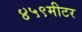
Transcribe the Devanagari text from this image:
४५९मीटर